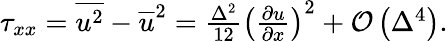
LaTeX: \begin{array}{r}{\tau_{xx}=\overline{{{u^{2}}}}-\overline{{{u}}}^{2}=\frac{\Delta^{2}}{12}\left(\frac{\partial u}{\partial x}\right)^{2}+\mathcal{O}\left(\Delta^{4}\right).}\end{array}